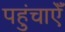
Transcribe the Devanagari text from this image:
पहुंचाऐँ